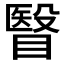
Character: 瞖